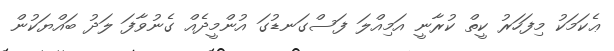
ޢެކަމަކު މިފަހަރު ކީތް ކުރާނީ އަމިއްލަ ފަސްގަނޑުގަ އުންމީދެއް ގެނުވާފަ ލަދު ބައްޔަކުން